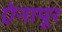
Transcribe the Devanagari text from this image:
ऐनापूर